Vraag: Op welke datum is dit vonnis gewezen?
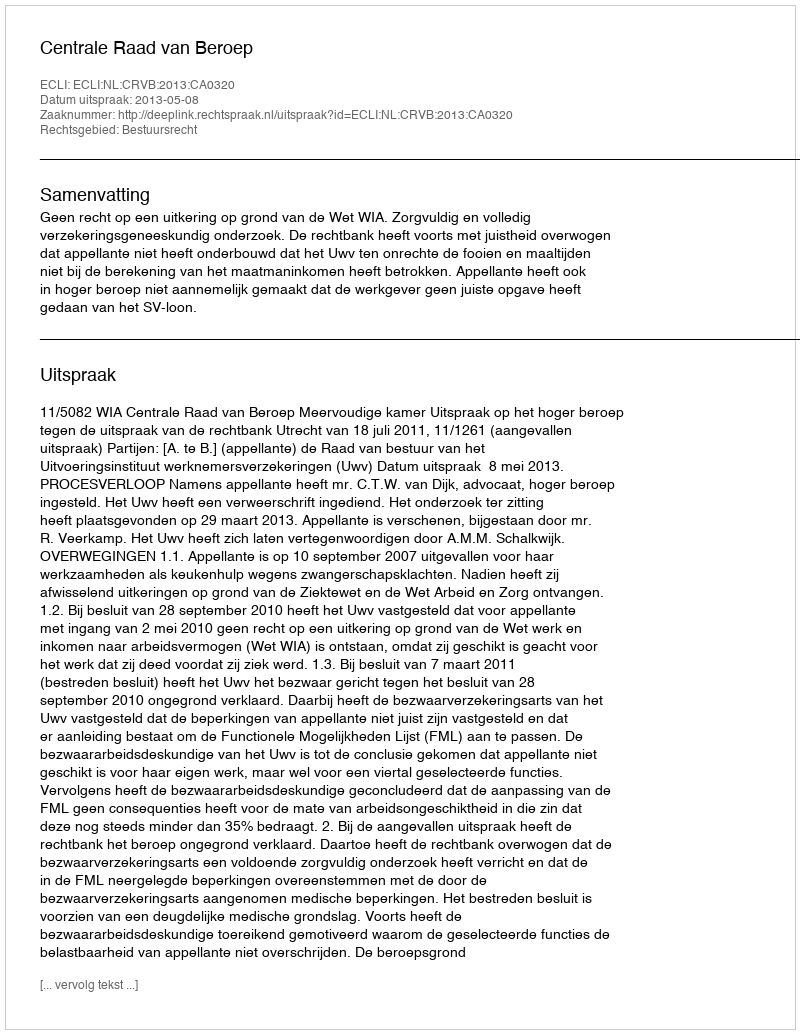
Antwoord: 2013-05-08